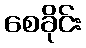
စေခိုင်း